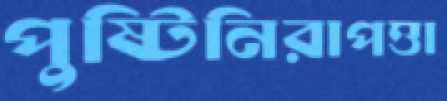
পুষ্টিনিরাপত্তা